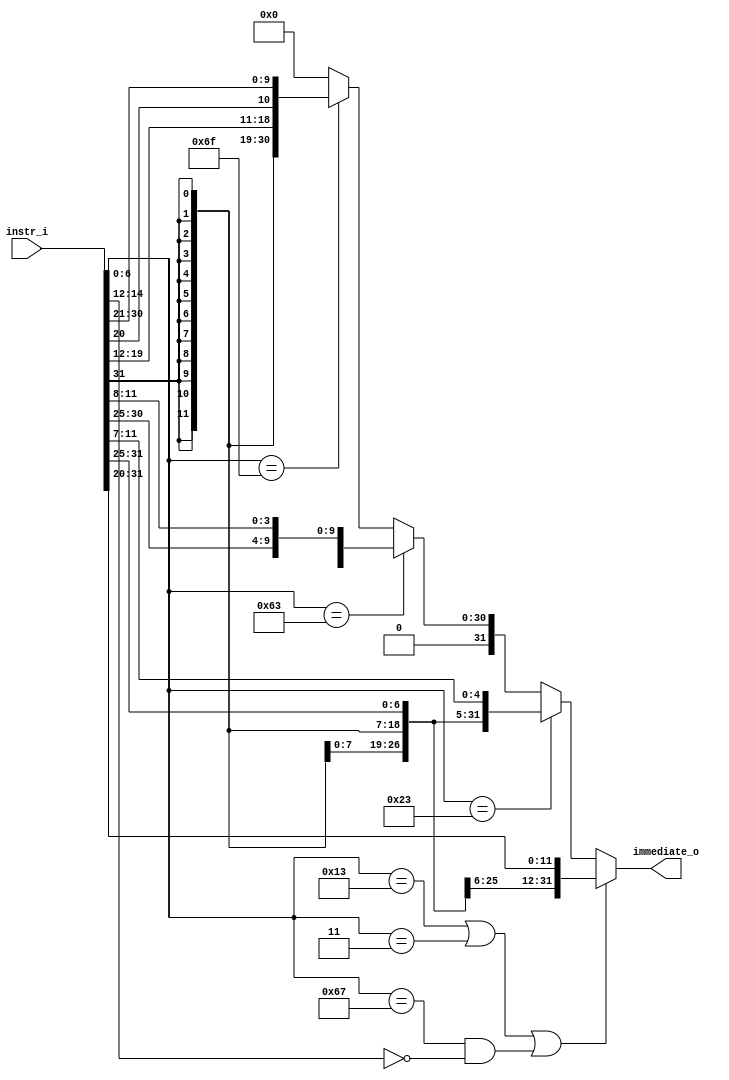
`timescale 1ns/1ps

module ImmGen(
    input [31:0] instr_i,
    output reg [31:0] immediate_o
);
    wire [6:0] opcode ; 
    wire [2:0] funct3 ; 
    assign opcode = instr_i[6:0] ; 
    assign funct3 = instr_i[14:12] ; 
    always@(*)begin
        if(opcode == 7'b0010011 || opcode == 7'b0000011 || (opcode == 7'b1100111 && funct3 == 3'h0))begin 
            // I-type, including jalr & lw, but how about slli that only use imm[0:4] ?? ; 
            immediate_o = {{20{instr_i[31]}} , instr_i[31 : 20]} ; 
        end
        else if(opcode == 7'b0100011)begin // S-type
            immediate_o = {{20{instr_i[31]}} , instr_i[31 : 25] , instr_i[11 : 7]} ;
        end
        else if(opcode == 7'b1100011)begin // B-type
            immediate_o = {1'b0 , {19{instr_i[31]}} , instr_i[31] , instr_i[7] , instr_i[30 : 25] , instr_i[11 : 8]} ; //19 sign + 12 original + 1.0(by def) 
        end
        else if(opcode == 7'b1101111)begin // J-type
            immediate_o = {1'b0 , {11{instr_i[31]}} , instr_i[31] , instr_i[19 : 12] , instr_i[20] , instr_i[30 : 21]} ; //11 sign + 20 original + 1.0(by def)} ; 
        end
        else begin
            immediate_o = 32'd0 ; 
        end
    end
endmodule